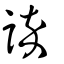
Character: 誶